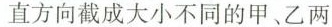
直方向截成大小不同的甲、乙两